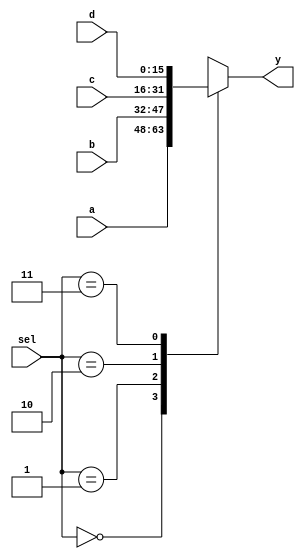
module mux4 (y, a, b, c, d, sel);
output [15:0] y;
input [15:0] a;
input [15:0] b;
input [15:0] c;
input [15:0] d;
input [1:0] sel;
reg [15:0] y;
/* The select lines select one of the four inputs "a" through "d" for a
   select value of 0 through 3.  0 selects a, 1 selects b and so on. */

always @(sel or a or b or c or d)
   case (sel)
      2'b00: y = a;
      2'b01: y = b;
      2'b10: y = c;
      2'b11: y = d;
   endcase
endmodule